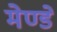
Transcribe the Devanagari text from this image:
मेण्डे